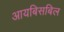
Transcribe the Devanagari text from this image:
आयबिसबिल